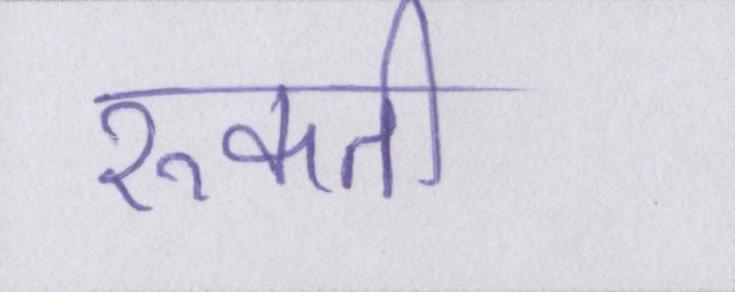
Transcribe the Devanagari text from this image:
रुकती